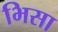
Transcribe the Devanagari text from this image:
भिसा